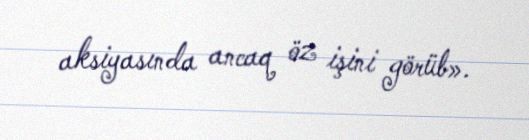
aksiyasında ancaq öz işini görüb».